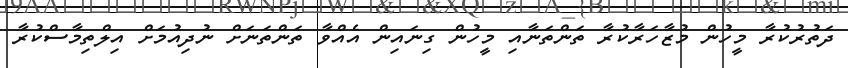
ދަތުރުކުރާ މީހުން މުޒާހަރާކުރާ ތަންތަނާއި މީހުން ގިނައިން އެއްވާ ތަންތަނަށް ނުދިއުމަށް އިލްތިމާސްކުރާ